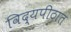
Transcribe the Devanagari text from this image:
विद्यपीठात